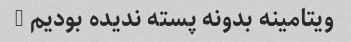
ویتامینه بدونه پسته ندیده بودیم …